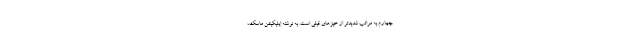
چهارم به مراتب شدیدتر از خیزهای قبلی است. به نوشته اپلیکیشن ماسک،